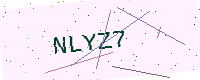
Text: NLYZ7